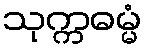
သုက္ကဓမ္မံ